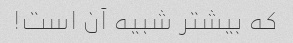
که بیشتر شبیه آن است!